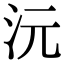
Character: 沅